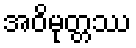
အဝိမုတ္တဿ